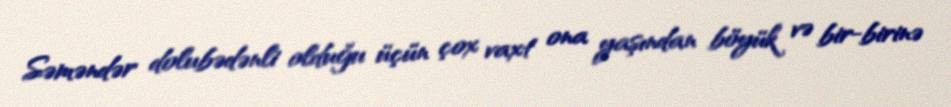
Səməndər dolubədənli olduğu üçün çox vaxt ona yaşından böyük və bir-birinə